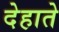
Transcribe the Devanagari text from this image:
देहाते